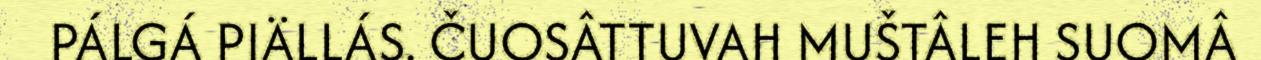
PÁLGÁ PIÄLLÁS. ČUOSÂTTUVAH MUŠTÂLEH SUOMÂ